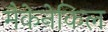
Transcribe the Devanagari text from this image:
मैकेनेकिल